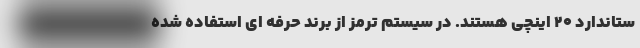
ستاندارد 20 اینچی هستند. در سیستم ترمز از برند حرفه ای استفاده شده